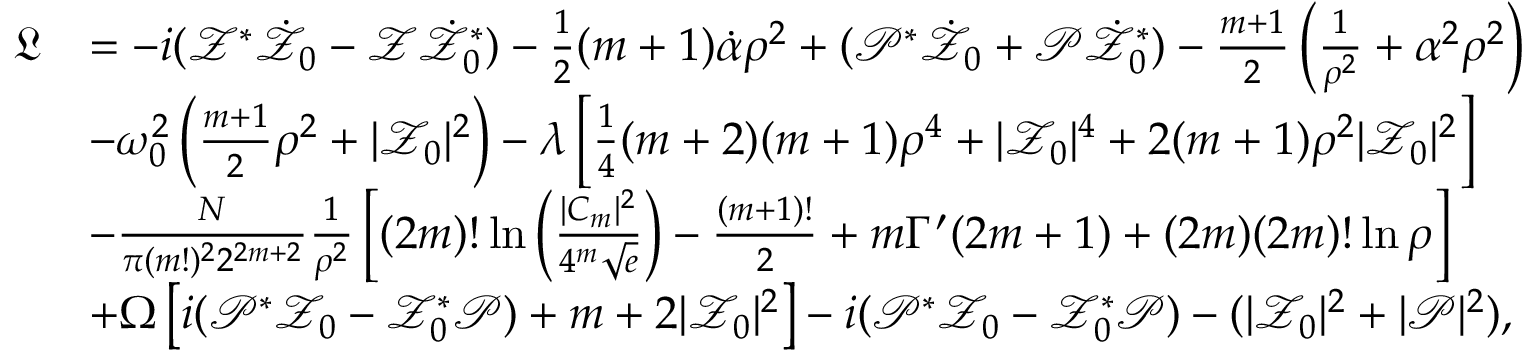
\begin{array} { r l } { \mathfrak { L } } & { = - i ( \mathcal { Z } ^ { * } \dot { \mathcal { Z } _ { 0 } } - \mathcal { Z } \dot { \mathcal { Z } _ { 0 } ^ { * } } ) - \frac { 1 } { 2 } ( m + 1 ) \dot { \mathcal { \alpha } } \rho ^ { 2 } + ( \mathcal { P } ^ { * } \dot { \mathcal { Z } _ { 0 } } + \mathcal { P } \dot { \mathcal { Z } _ { 0 } ^ { * } } ) - \frac { m + 1 } { 2 } \left( \frac { 1 } { \rho ^ { 2 } } + \alpha ^ { 2 } \rho ^ { 2 } \right) } \\ & { - { \omega _ { 0 } ^ { 2 } } \left( \frac { m + 1 } { 2 } \rho ^ { 2 } + | \mathcal { Z } _ { 0 } | ^ { 2 } \right) - \lambda \left[ \frac { 1 } { 4 } ( m + 2 ) ( m + 1 ) \rho ^ { 4 } + | \mathcal { Z } _ { 0 } | ^ { 4 } + 2 ( m + 1 ) \rho ^ { 2 } | \mathcal { Z } _ { 0 } | ^ { 2 } \right] } \\ & { - \frac { N } { \pi ( m ! ) ^ { 2 } 2 ^ { 2 m + 2 } } \frac { 1 } { \rho ^ { 2 } } \left[ ( 2 m ) ! \ln \left( \frac { | C _ { m } | ^ { 2 } } { 4 ^ { m } \sqrt { e } } \right) - \frac { ( m + 1 ) ! } { 2 } + m \Gamma ^ { \prime } ( 2 m + 1 ) + ( 2 m ) ( 2 m ) ! \ln \rho \right] } \\ & { + { \Omega } \left[ i ( \mathcal { P } ^ { * } \mathcal { Z } _ { 0 } - \mathcal { Z } _ { 0 } ^ { * } \mathcal { P } ) + m + 2 | \mathcal { Z } _ { 0 } | ^ { 2 } \right] - i ( \mathcal { P } ^ { * } \mathcal { Z } _ { 0 } - \mathcal { Z } _ { 0 } ^ { * } \mathcal { P } ) - ( | \mathcal { Z } _ { 0 } | ^ { 2 } + | \mathcal { P } | ^ { 2 } ) , } \end{array}